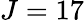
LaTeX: J=17